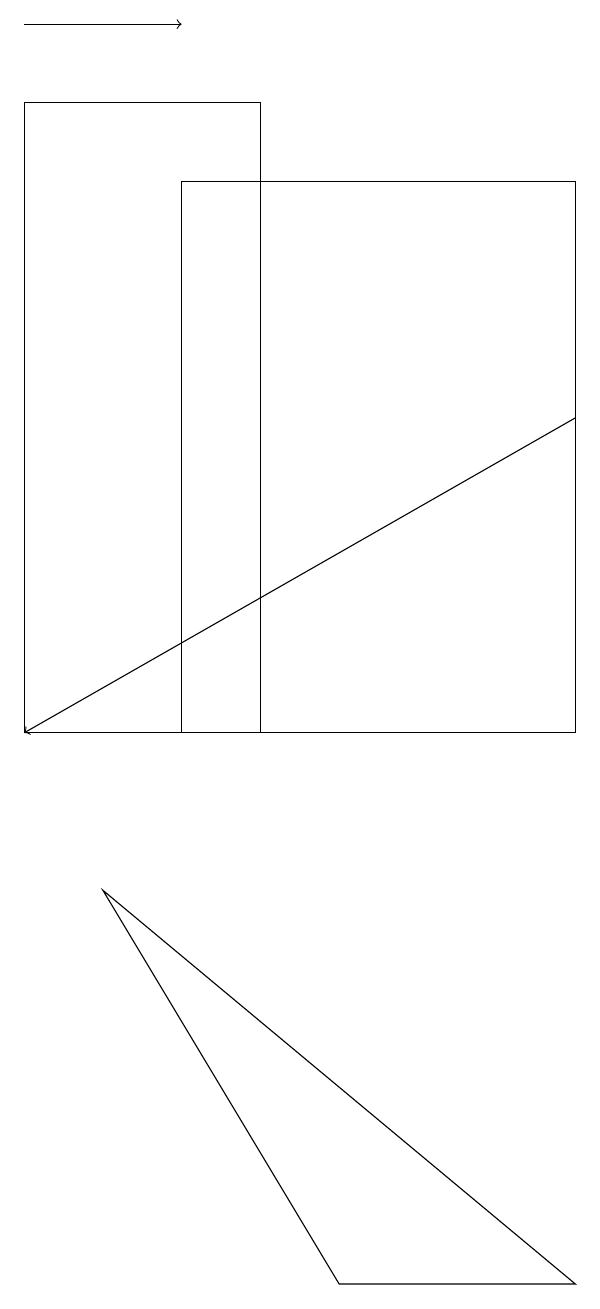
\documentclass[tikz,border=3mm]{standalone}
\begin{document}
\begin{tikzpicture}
\draw[->] (0,19) -- (2,19);
\draw[->] (7,14) -- (0,10);
\draw (3,18) rectangle (0,10);
\draw (7,3) -- (4,3) -- (1,8) -- cycle;
\draw (7,17) rectangle (2,10);
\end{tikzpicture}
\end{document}